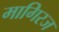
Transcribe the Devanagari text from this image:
मागिरज